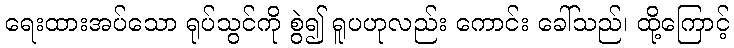
ရေးထားအပ်သော ရုပ်သွင်ကို စွဲ၍ ရူပဟုလည်း ကောင်း ခေါ်သည်၊ ထို့ကြောင့်